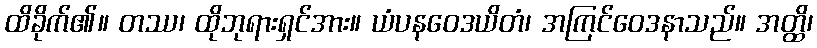
ထိခိုက်၏။ တဿ၊ ထိုဘုရားရှင်အား။ ယံပနဝေဒယိတံ၊ အကြင်ဝေဒနာသည်။ အတ္ထိ၊